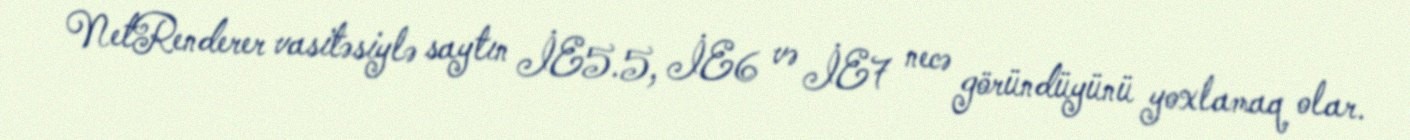
NetRenderer vasitəsiylə saytın İE5.5, İE6 və İE7 necə göründüyünü yoxlamaq olar.